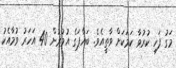
މަގު ފަހި ކުރުވާ ކަމަކަށް ވާތީއެވެ. ބައްޕަގެ އުމުރުން 40 އަހަރު ވުމާއެކު